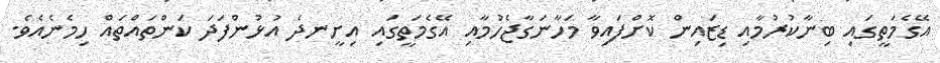
އޭގެމަތީގައި ބިނާކުރުމާއި ޑިޒައިން ކޮށްފައިވާ މަހާނަގާޖެހުމާއި އޭގެމަތީގައި އިށީނދެ އުޅުންފަދަ ކަންތައްތައް ހިމެނެއެވެ.